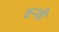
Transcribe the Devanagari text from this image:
वन्शी